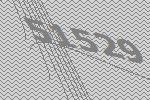
51529